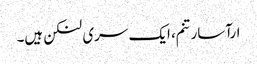
ارآسارتنم، ایک سری لنکن ہیں۔